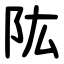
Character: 䧀